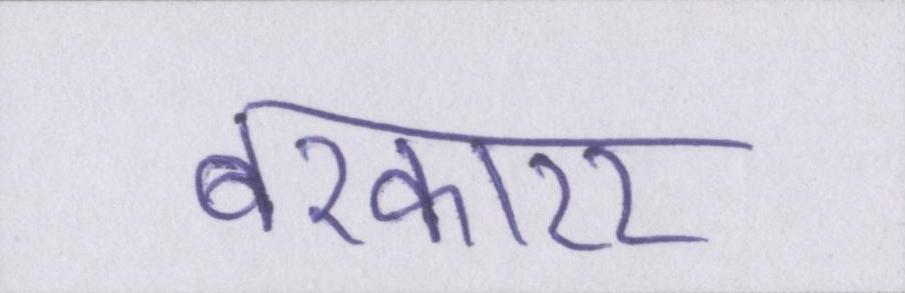
बरकारर